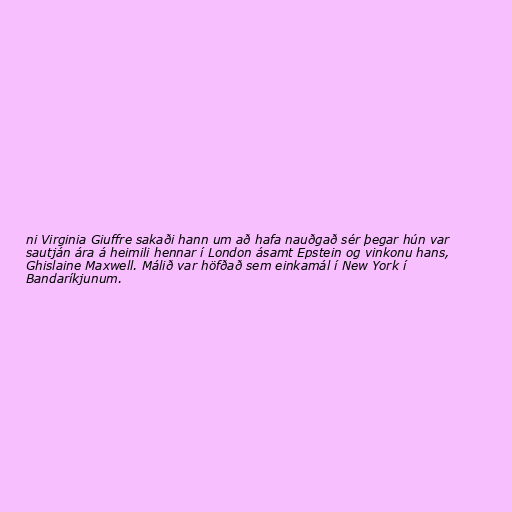
ni Virginia Giuffre sakaði hann um að hafa nauðgað sér þegar hún var
sautján ára á heimili hennar í London ásamt Epstein og vinkonu hans,
Ghislaine Maxwell. Málið var höfðað sem einkamál í New York í
Bandaríkjunum.